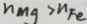
n _ { M g } > n F e